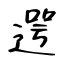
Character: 遌